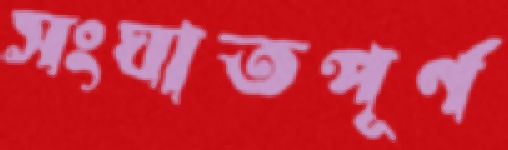
সংঘাতপূর্ণ